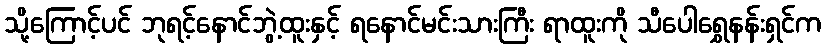
သို့ကြောင့်ပင် ဘုရင့်နောင်ဘွဲ့ထူးနှင့် ရနောင်မင်းသားကြီး ရာထူးကို သီပေါရွှေနန်းရှင်က